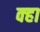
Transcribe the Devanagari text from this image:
क्हा